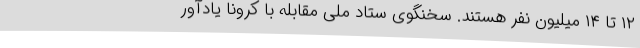
۱۲ تا ۱۴ میلیون نفر هستند. سخنگوی ستاد ملی مقابله با کرونا یادآور